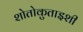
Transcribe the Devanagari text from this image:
शोतोकुताइशी